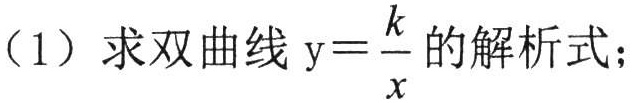
（1）求双曲线\(y = \frac{k}{x}\)的解析式；